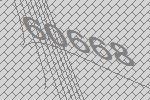
60668